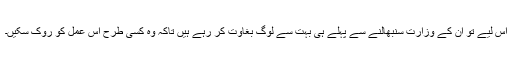
اس لیے تو ان کے وزارت سنبھالنے سے پہلے ہی بہت سے لوگ بغاوت کر رہے ہیں تاکہ وہ کسی طرح اس عمل کو روک سکیں۔